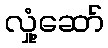
လှုံ့ဆော်